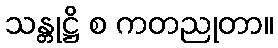
သန္တုဋ္ဌိ စ ကတညုတာ။